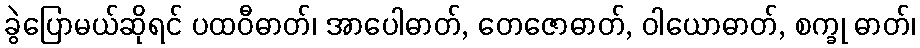
ခွဲပြောမယ်ဆိုရင် ပထဝီဓာတ်၊ အာပေါဓာတ်, တေဇောဓာတ်, ဝါယောဓာတ်, စက္ခု ဓာတ်၊